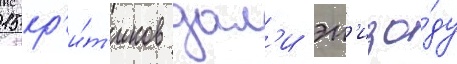
15 кр'и́т'иков дал'и эп'изо́ду